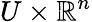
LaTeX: U\times\mathbb{R}^{n}